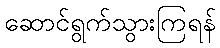
ဆောင်ရွက်သွားကြရန်